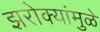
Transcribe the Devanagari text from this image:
झरोक्यांमुळे